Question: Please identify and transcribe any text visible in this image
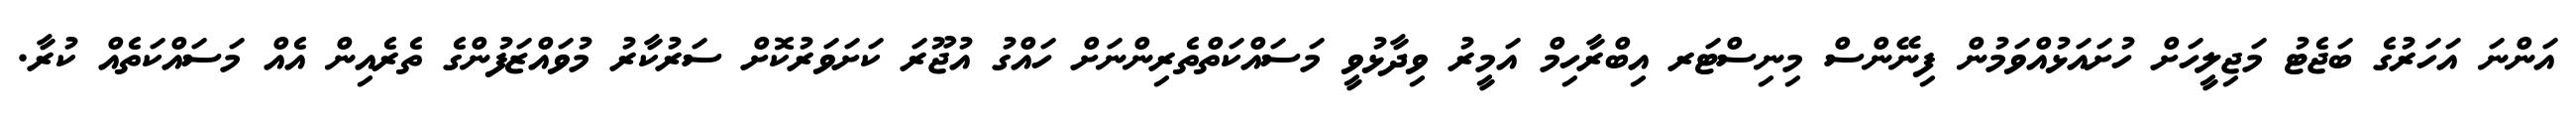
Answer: އަންނަ އަހަރުގެ ބަޖެޓު މަޖިލީހަށް ހުށައަޅުއްވަމުން ފިނޭންސް މިނިސްޓަރ އިބްރާހިމް އަމީރު ވިދާޅުވީ މަސައްކަތްތެރިންނަށް ހައްގު އުޖޫރަ ކަށަވަރުކޮށް ސަރުކާރު މުވައްޒަފުންގެ ތެރެއިން އެއް މަސައްކަތެއް ކުރާ.